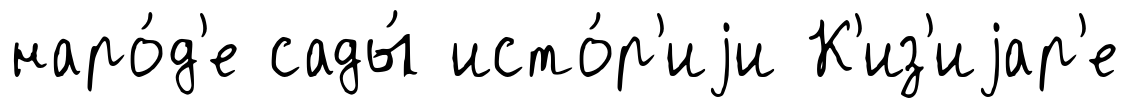
наро́д'е сады́ исто́р'иjи К'из'иjар'е